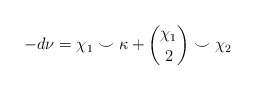
\begin{align*} -d\nu = \chi_1 \smile \kappa + {\chi_1 \choose 2} \smile \chi_2 \end{align*}